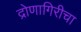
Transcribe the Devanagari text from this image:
द्रोणागिरीचा